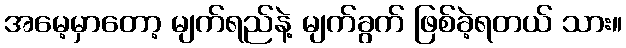
အမေ့မှာတော့ မျက်ရည်နဲ့ မျက်ခွက် ဖြစ်ခဲ့ရတယ် သား။